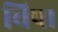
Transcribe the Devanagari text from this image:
चिपा